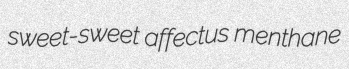
sweet-sweet affectus menthane